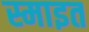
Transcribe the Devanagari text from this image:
स्माइत